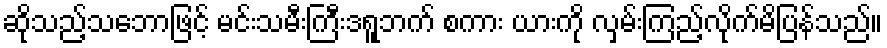
ဆိုသည့်သဘောဖြင့် မင်းသမီးကြီးဒရူဘက် စကား ယားကို လှမ်းကြည့်လိုက်မိပြန်သည်။